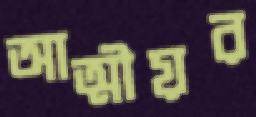
আত্মীয়র